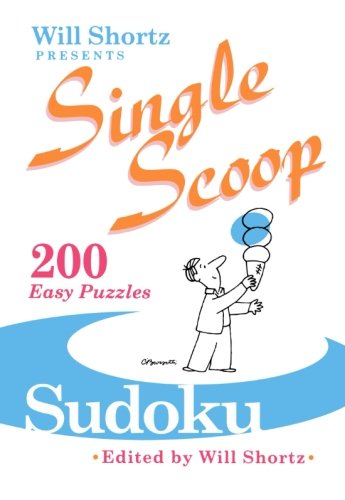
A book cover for Will Shortz Presents Sudoku: 200 Easy Puzzles; Humor & Entertainment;